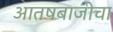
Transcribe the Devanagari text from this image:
आतषबाजीचा